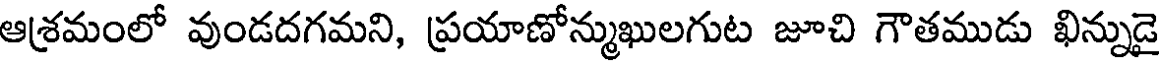
ఆశ్రమంలో వుండదగమని, ప్రయాణోన్ముఖులగుట జూచి గౌతముడు ఖిన్నుడై